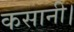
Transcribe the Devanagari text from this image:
कसानी।